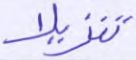
تنزيلا